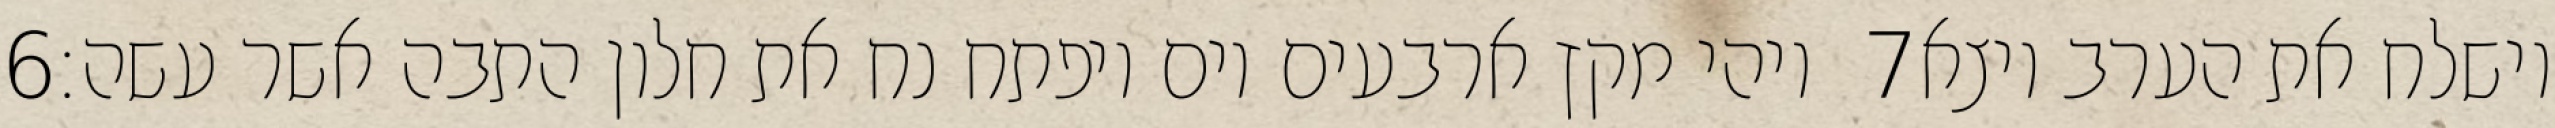
‎6‏ ויהי מקץ ארבעים יום ויפתח נח את חלון התבה אשר עשה׃ ‎7‏ וישלח את הערב ויצא